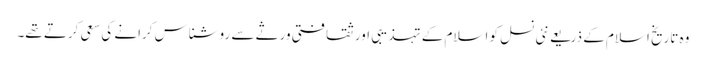
وہ تاریخ اسلام کے ذریعے نئی نسل کو اسلام کے تہذیبی اور ثقافتی ورثے سے روشناس کرانے کی سعی کرتے تھے۔